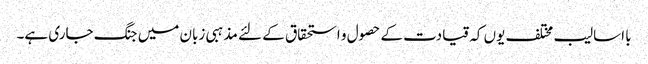
با اسالیب مختلف یوں کہ قیادت کے حصول و استحقاق کے لئے مذہبی زبان میں جنگ جاری ہے۔